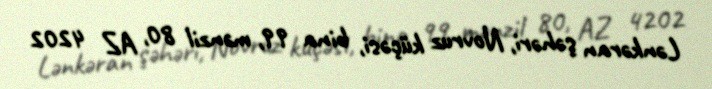
Lənkəran şəhəri, Novruz küçəsi, bina 99, mənzil 80, AZ 4202